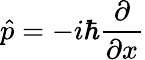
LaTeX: {\hat{p}}=-i\hbar{\frac{\partial}{\partial x}}